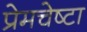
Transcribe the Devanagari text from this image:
प्रेमचेष्टा